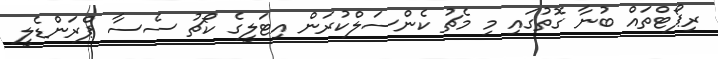
ރިޕޯޓްތައް ބުނާ ގޮތުގައި މި މެޗު ކެންސަލްކުރަން އިޓަލީގެ ކޯޗު ސެސާ ޕްރަންޑެލީ